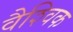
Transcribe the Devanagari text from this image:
वैश्‍िवक